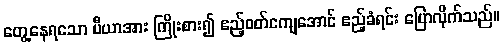
တွေ့နေရသော ပီယာအား ကြိုးစား၍ ဧည့်ဝတ်ကျေအောင် ဧည့်ခံရင်း ပြောလိုက်သည်။